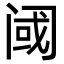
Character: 阈